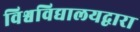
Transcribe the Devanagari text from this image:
विश्वविद्यालयद्वारा